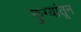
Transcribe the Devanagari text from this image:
फुग्यांतून